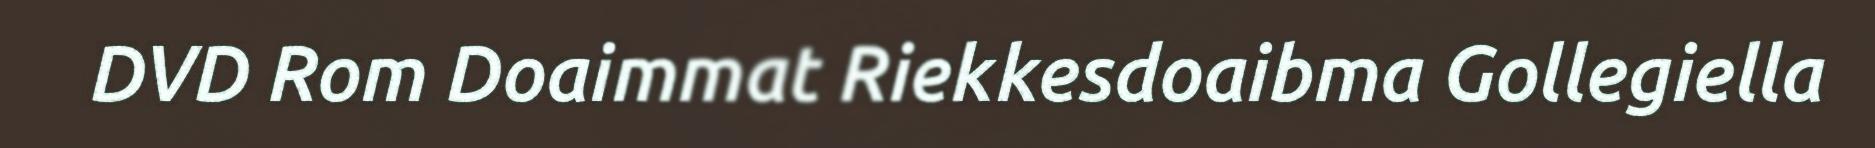
DVD Rom Doaimmat Riekkesdoaibma Gollegiella